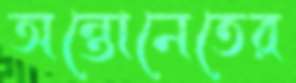
অন্তোনেতের